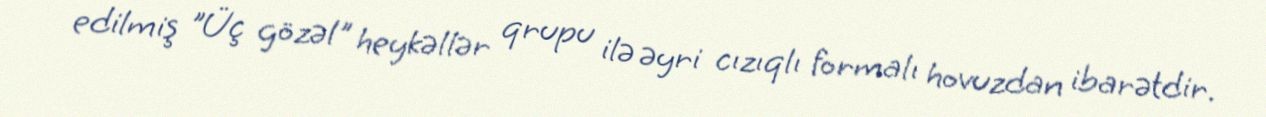
edilmiş "Üç gözəl" heykəllər qrupu ilə əyri cızıqlı formalı hovuzdan ibarətdir.